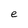
Character: e